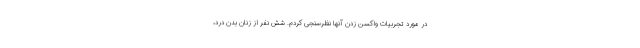
در مورد تجربیات واکسن زدن آنها نظرسنجی کردم. شش نفر از زنان بدن درد،